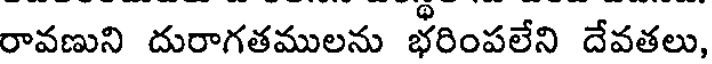
రావణుని దురాగతములను భరింపలేని దేవతలు,